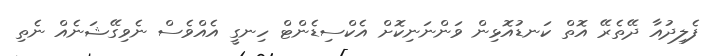
ފެލިދުއާ ދޭތެރޭ އޮތް ކަނޑުއޮޅިން ވަންނަނިކޮށް އެކްސިޑެންޓް ހިނގީ އެއްވެސް ނެވިގޭޝަނެއް ނެތި